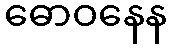
ဓောဝနေန